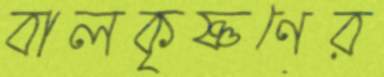
বালকৃষ্ণণের